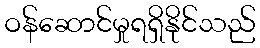
ဝန်ဆောင်မှုရရှိနိုင်သည်